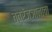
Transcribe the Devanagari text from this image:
तत्रंज्ञानाचा